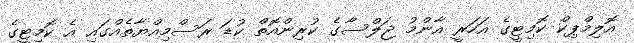
އޮލިމްޕިކް ކޮމިޓީގެ އަހަރީ އާންމު ޖަލްސާގެ ކުރިންއޮތް ކުޑަ ރަސްމިއްޔާތެއްގައި އެ ކޮމިޓީގެ